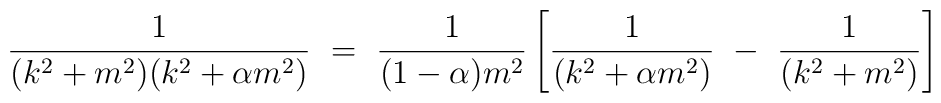
\frac{1}{(k^2+m^2)(k^2+\alpha m^2)} ~=~ \frac{1}{(1-\alpha)m^2} \left[ \frac{1}{(k^2+\alpha m^2)} ~-~ \frac{1}{(k^2+m^2)} \right]